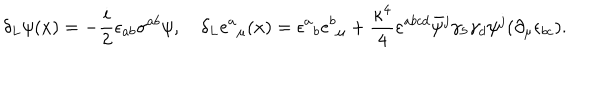
LaTeX: \delta _ { L } \psi ( x ) = - { \frac { i } { 2 } } \epsilon _ { a b } \sigma ^ { a b } \psi , \quad \delta _ { L } { e ^ { a } } _ { \mu } ( x ) = \epsilon { ^ a } _ { b } e { ^ b } _ { \mu } + { \frac { \kappa ^ { 4 } } { 4 } } \varepsilon ^ { a b c d } \bar { \psi } { ^ j } \gamma _ { 5 } \gamma _ { d } \psi { ^ j } ( \partial _ { \mu } \epsilon _ { b c } ) .